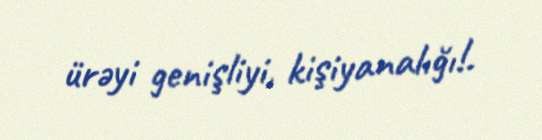
ürəyi genişliyi, kişiyanalığı!.